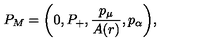
P _ { M } = \left( 0 , P _ { + } , \frac { p _ { \mu } } { A ( r ) } , p _ { \alpha } \right) \! ,